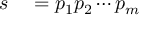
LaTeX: \begin{array} { r l } { s } & { { } = p _ { 1 } p _ { 2 } \cdots p _ { m } } \end{array}